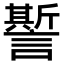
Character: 𧬊